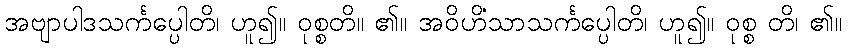
အဗျာပါဒသင်္ကပ္ပေါတိ၊ ဟူ၍။ ဝုစ္စတိ။ ၏။ အဝိဟိံသာသင်္ကပ္ပေါတိ၊ ဟူ၍။ ဝုစ္စ တိ၊ ၏။